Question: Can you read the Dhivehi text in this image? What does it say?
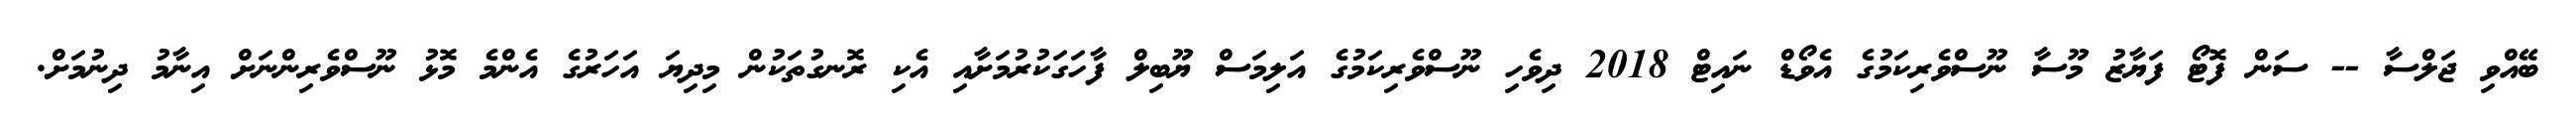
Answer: ބޭއްވި ޖަލްސާ -- ސަން ފޮޓޯ ފަޔާޒު މޫސާ ނޫސްވެރިކަމުގެ އެވޯޑް ނައިޓް 2018 ދިވެހި ނޫސްވެރިކަމުގެ އަލިމަސް ޔޫބިލް ފާހަގަކުރުމަށާއި އެކި ރޮނގުތަކުން މިދިޔަ އަހަރުގެ އެންމެ މޮޅު ނޫސްވެރިންނަށް އިނާމު ދިނުމަށް.